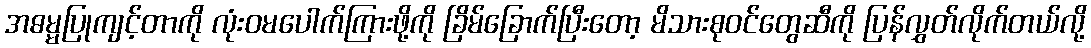
အဓမ္မပြုကျင့်တာကို လုံးဝမပေါက်ကြားဖို့ကို ခြိမ်ခြောက်ပြီးတော့ မိသားစုဝင်တွေဆီကို ပြန်လွှတ်လိုက်တယ်လို့